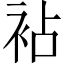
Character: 袩